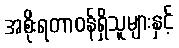
အစိုးရတာဝန်ရှိသူများနှင့်